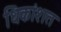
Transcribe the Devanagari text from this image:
धिकांशत